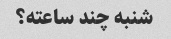
شنبه چند ساعته؟